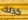
كذلك